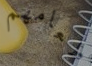
طعامهم